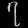
Digit: ၇